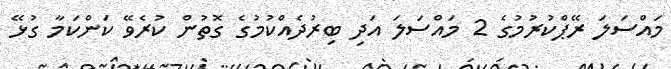
މައްސަލަ ރޭޕްކުރުމުގެ 2 މައްސަލަ އަދި ބިރުދެއްކުމުގެ ގޮތުން ކުރެވޭ ކަންކަމާ ގުޅޭ